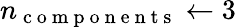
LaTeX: n_{\mathrm{~c~o~m~p~o~n~e~n~t~s~}}\leftarrow 3